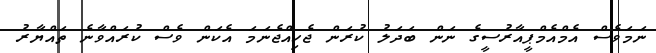
ނަމަވެސް އެމްއެމްޕީއާރުސީގެ ނަން ބަދަލު ކުރަން ޖެހިއްޖެނަމަ އެކަން ވެސް ކުރައްވާނެ ތައްޔާރު